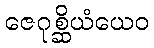
ဇေဂုစ္ဆိယံယေဝ